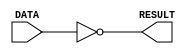
module INV_13(DATA, RESULT);
input DATA;
output RESULT;
assign RESULT = ~DATA;
endmodule